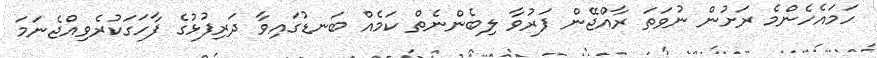
ހަމައެހެންމެ ރަށުން ނުވަތަ ރާއްޖޭން ފަރުވާ ލިބެންނެތް ކަމެއް ބަނޑުގައިވާ ދަރިފުޅުގެ ފާހަގަކުރެވިއްޖެނަމަ